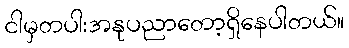
ငါမှတပါးအနုပညာတော့ရှိနေပါတယ်။